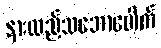
နားလည်သဘောပေါက်